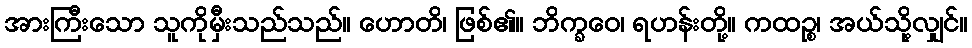
အားကြီးသော သူကိုမှီးသည်သည်။ ဟောတိ၊ ဖြစ်၏။ ဘိက္ခဝေ၊ ရဟန်းတို့။ ကထဉ္စ၊ အယ်သို့လျှင်။